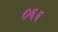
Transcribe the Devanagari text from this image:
०६६